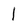
Character: 1